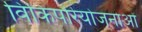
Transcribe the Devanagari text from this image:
विकिपरियोजनाओं